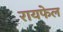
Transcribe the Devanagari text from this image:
रायफेल